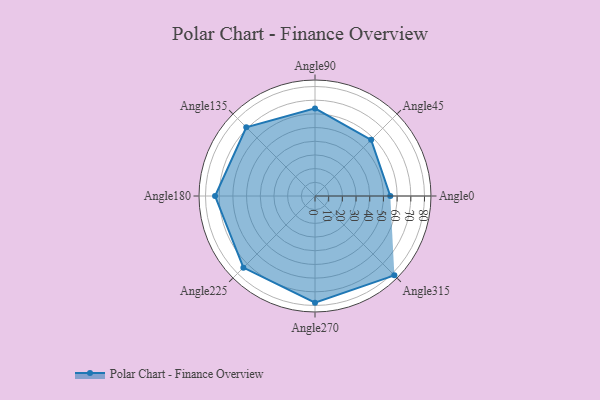
{"axis": {"x": "Angle", "y": "Radius"}, "legend": [""], "data": [{"x": "Angle0", "y": 55.0, "type": ""}, {"x": "Angle45", "y": 58.0, "type": ""}, {"x": "Angle90", "y": 64.0, "type": ""}, {"x": "Angle135", "y": 71.0, "type": ""}, {"x": "Angle180", "y": 73.0, "type": ""}, {"x": "Angle225", "y": 74.0, "type": ""}, {"x": "Angle270", "y": 78.0, "type": ""}, {"x": "Angle315", "y": 82.0, "type": ""}]}